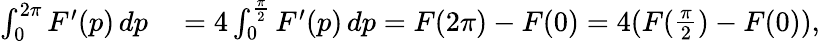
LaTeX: \begin{array}{rl}{\int_{0}^{2\pi}F^{\prime}(p)\, dp}&{{}=4\int_{0}^{\frac{\pi}{2}}F^{\prime}(p)\, dp=F(2\pi)-F(0)=4(F({\begin{array}{l}{{\frac{\pi}{2}}}\end{array}})-F(0)),}\end{array}